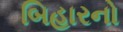
બિહારનો